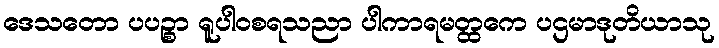
ဒေသတော ပပဉ္စာ ရူပါဝစရသညာ ပါကာရမတ္ထကေ ပဌမာဒုတိယာသု